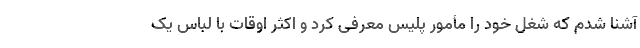
آشنا شدم که شغل خود را مأمور پلیس معرفی کرد و اکثر اوقات با لباس یک